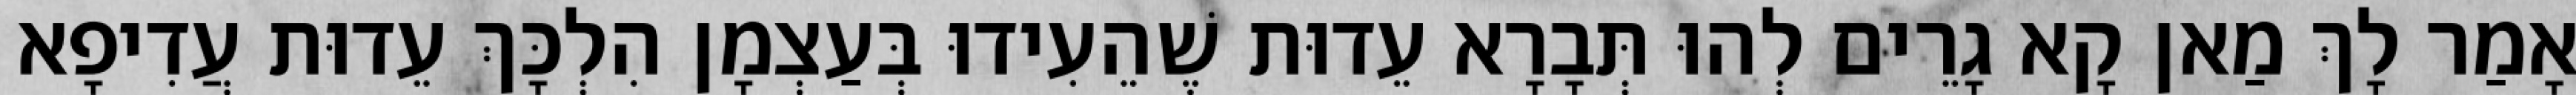
אָמַר לָךְ מַאן קָא גָרֵים לְהוּ תְּבָרָא עֵדוּת שֶׁהֵעִידוּ בְּעַצְמָן הִלְכָּךְ עֵדוּת עֲדִיפָא